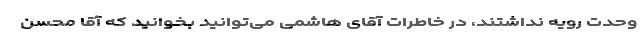
وحدت رویه نداشتند، در خاطرات آقای هاشمی می‌توانید بخوانید که آقا محسن